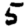
Digit: 5